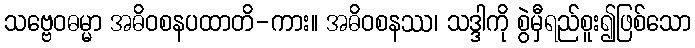
သဗ္ဗေဝဓမ္မာ အဓိဝစနပထာတိ-ကား။ အဓိဝစနဿ၊ သဒ္ဒါကို စွဲမှီရည်စူး၍ဖြစ်သော